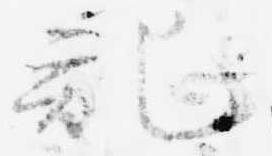
記